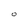
Character: O